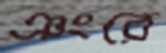
ঞংরে